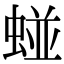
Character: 䗒